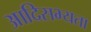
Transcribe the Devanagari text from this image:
आदिसभ्‍यता